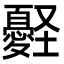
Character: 𢥀